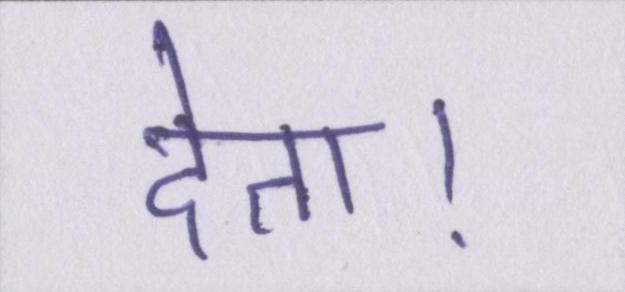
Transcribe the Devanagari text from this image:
देता।